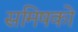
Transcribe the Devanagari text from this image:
समिषको